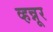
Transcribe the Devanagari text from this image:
व्हन्नूर